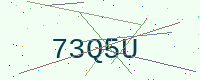
Text: 73Q5U